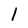
Character: 1